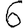
Digit: 6